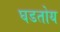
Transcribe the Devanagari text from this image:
घडतोय